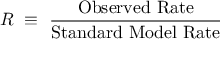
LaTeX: R ~ \equiv ~ \frac { \mathrm { O b s e r v e d ~ R a t e } } { \mathrm { S t a n d a r d ~ M o d e l ~ R a t e } }